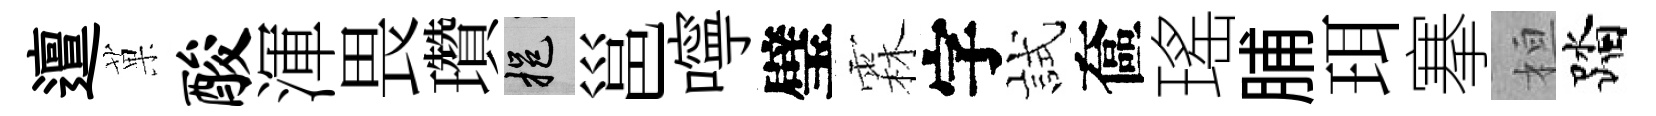
邅菓酸渾畏瓚挹邕嚀璧霖字試奩瑤脯珥搴桓踏